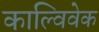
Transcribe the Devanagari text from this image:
काल्विवेक